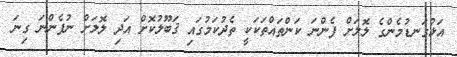
އަޅުގަނޑުމެންގެ ލޮލަށް ފެންނަ ކަންތައްތަކަކީ ތެދުކަމުގައި ޤަބޫލުކޮށް އަދި ލޮލަށް ނުފެންނަ ގިނަ